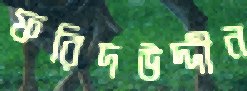
ফরিদউদ্দীন